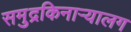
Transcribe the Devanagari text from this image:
समुद्रकिनाऱ्यालग